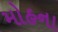
મોહના